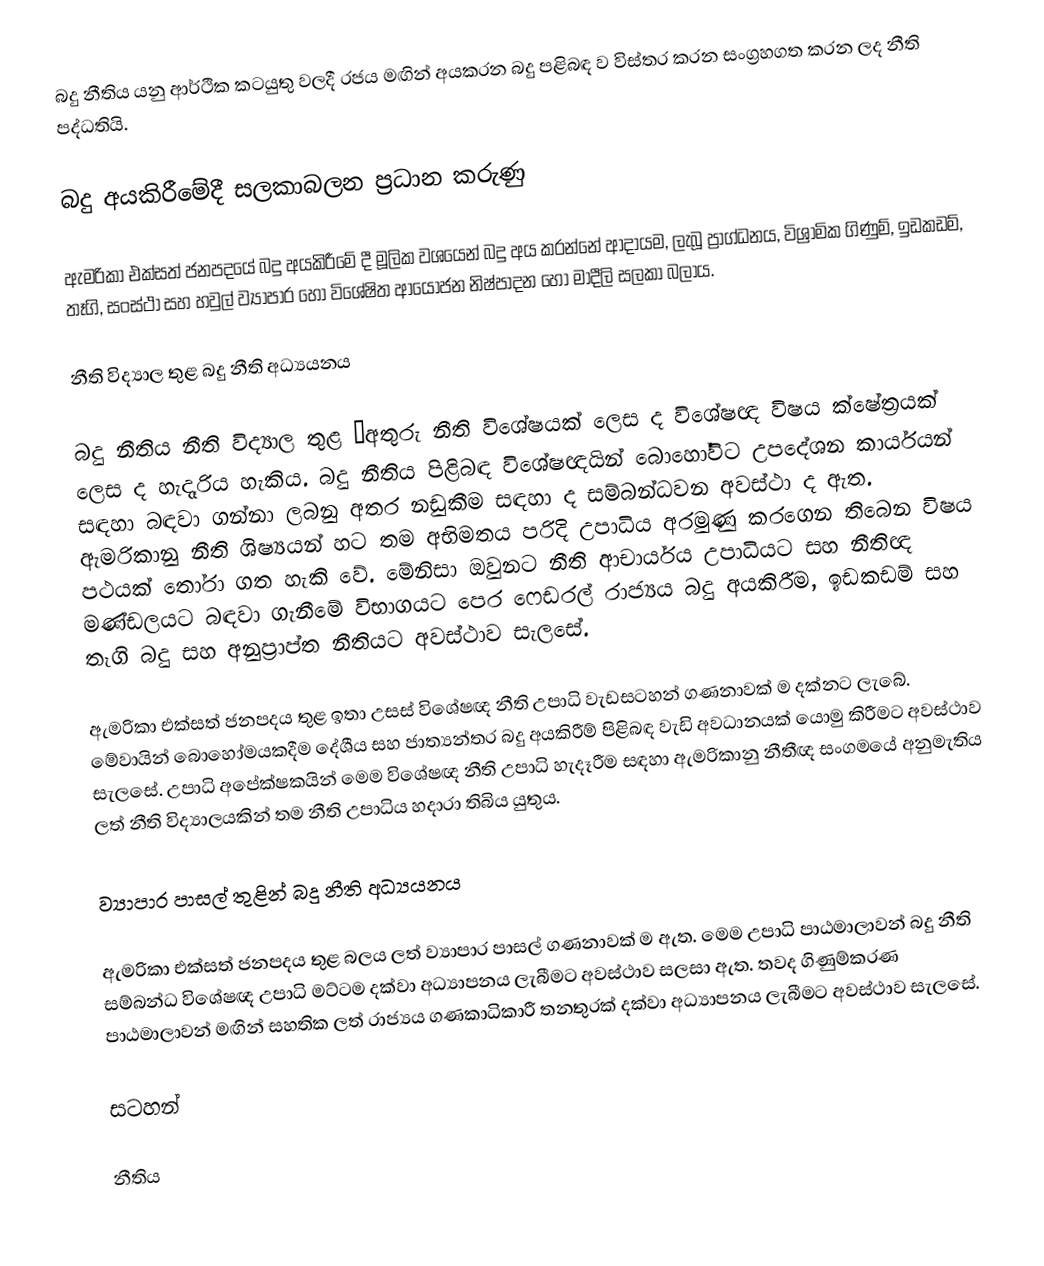
බදු නීතිය යනු ආර්ථික කටයුතු වලදී රජය මඟින් අයකරන බදු පළිබඳ ව විස්තර කරන සංග්‍රහගත කරන ලද නීති පද්ධතියි.

බදු අයකිරීමේදී සලකාබලන ප්‍රධාන කරුණු

ඇමරිකා එක්සත් ජනපදයේ බදු අයකිරීමේ දී මූලික වශයෙන් බදු අය කරන්නේ ආදායම, ලැබූ ප්‍රාග්ධනය, විශ්‍රාමික ගිණුම්, ඉඩකඩම්, තෑගි, සංස්ථා සහ හවුල් ව්‍යාපාර හෝ විශේෂිත ආයෝජන නිෂ්පාදන හෝ මාදීලි සලකා බලාය.

නීති විද්‍යාල තුළ බදු නීති අධ්‍යයනය

බදු නීතිය නීති විද්‍යාල තුළ “අතුරු නීති විශේෂයක් ලෙස ද විශේෂඥ විෂය  ක්ෂේත්‍රයක් ලෙස ද හැදෑරිය හැකිය. බදු නීතිය පිළිබඳ විශේෂඥයින් බොහෝවිට උපදේශන කාර්යයන් සඳහා බඳවා ගන්නා ලබනු අතර නඩුකීම සඳහා ද සම්බන්ධවන අවස්ථා ද ඇත.  ඇමරිකානු නීති ශිෂ්‍යයන් හට තම අභිමතය පරිදි උපාධිය අරමුණු කරගෙන තිබෙන විෂය පථයක් තෝරා ගත හැකි වේ. මේනිසා ඔවුනට නීති ආචාර්යය උපාධියට සහ නීතිඥ මණ්ඩලයට බඳවා ගැනීමේ විභාගයට පෙර ෆෙඩරල් රාජ්‍යය බදු අයකිරීම, ඉඩකඩම් සහ තෑගි බදු සහ අනුප්‍රාප්ත නීතියට අවස්ථාව සැලසේ.

ඇමරිකා එක්සත් ජනපදය තුළ ඉතා උසස් විශේෂඥ නීති උපාධි වැඩසටහන් ගණනාවක් ම දක්නට ලැබේ. මේවායින් බොහෝමයකදීම දේශීය සහ ජාත්‍යන්තර බදු අයකිරීම් පිළිබඳ වැඩි අවධානයක් යොමු කිරීමට අවස්ථාව සැලසේ. උපාධි අපේක්ෂකයින් මෙම විශේෂඥ නීති උපාධි හැදෑරීම සඳහා ඇමරිකානු නීතීඥ සංගමයේ අනුමැතිය ලත් නීති විද්‍යාලයකින් තම නීති උපාධිය හදාරා තිබිය යුතුය.

ව්‍යාපාර පාසල් තුළින් බදු නීති අධ්‍යයනය

ඇමරිකා එක්සත් ජනපදය තුළ බලය ලත් ව්‍යාපාර පාසල් ගණනාවක් ම ඇත. මෙම උපාධි පාඨමාලාවන් බදු නීති සම්බන්ධ විශේෂඥ උපාධි මට්ටම දක්වා අධ්‍යාපනය ලැබීමට අවස්ථාව සලසා ඇත. තවද ගිණුම්කරණ පාඨමාලාවන් මඟින් සහතික ලත් රාජ්‍යය ගණකාධිකාරී තනතුරක් දක්වා අධ්‍යාපනය ලැබීමට අවස්ථාව සැලසේ.

සටහන්

නීතිය